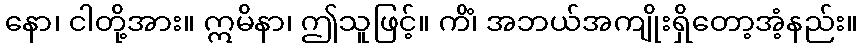
နော၊ ငါတို့အား။ ဣမိနာ၊ ဤသူဖြင့်။ ကိံ၊ အဘယ်အကျိုးရှိတော့အံ့နည်း။